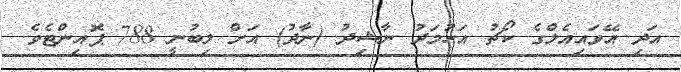
އަދި އޭވައިއެލްގެ ކޯޗު އަހުމަދު ނާޝިދު (ނާދު) އަށް ލިބުނީ 788 ޕޮއިންޓެވެ.